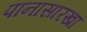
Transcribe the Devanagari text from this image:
पानासारखा